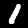
Label: 1